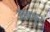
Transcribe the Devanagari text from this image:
आनकुर